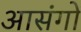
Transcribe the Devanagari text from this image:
आसंगों